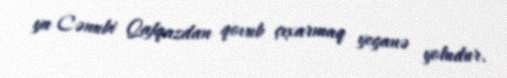
ya Cənubi Qafqazdan qovub çıxarmaq yeganə yoludur.